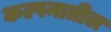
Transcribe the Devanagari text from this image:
कल्पनातील